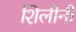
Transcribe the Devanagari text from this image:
शिलीनी